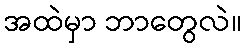
အထဲမှာ ဘာတွေလဲ။